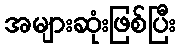
အများဆုံးဖြစ်ပြီး